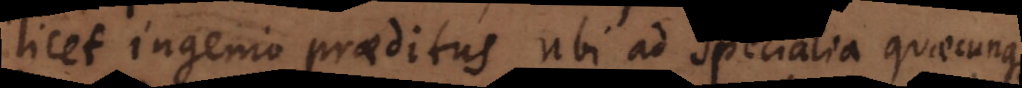
licet ingenio praeditus ubi ad specialia quaecunque